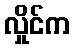
လှိုင်က